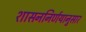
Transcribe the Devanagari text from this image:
शासननिर्णयानुसार